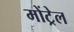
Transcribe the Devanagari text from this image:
मोंट्रेल